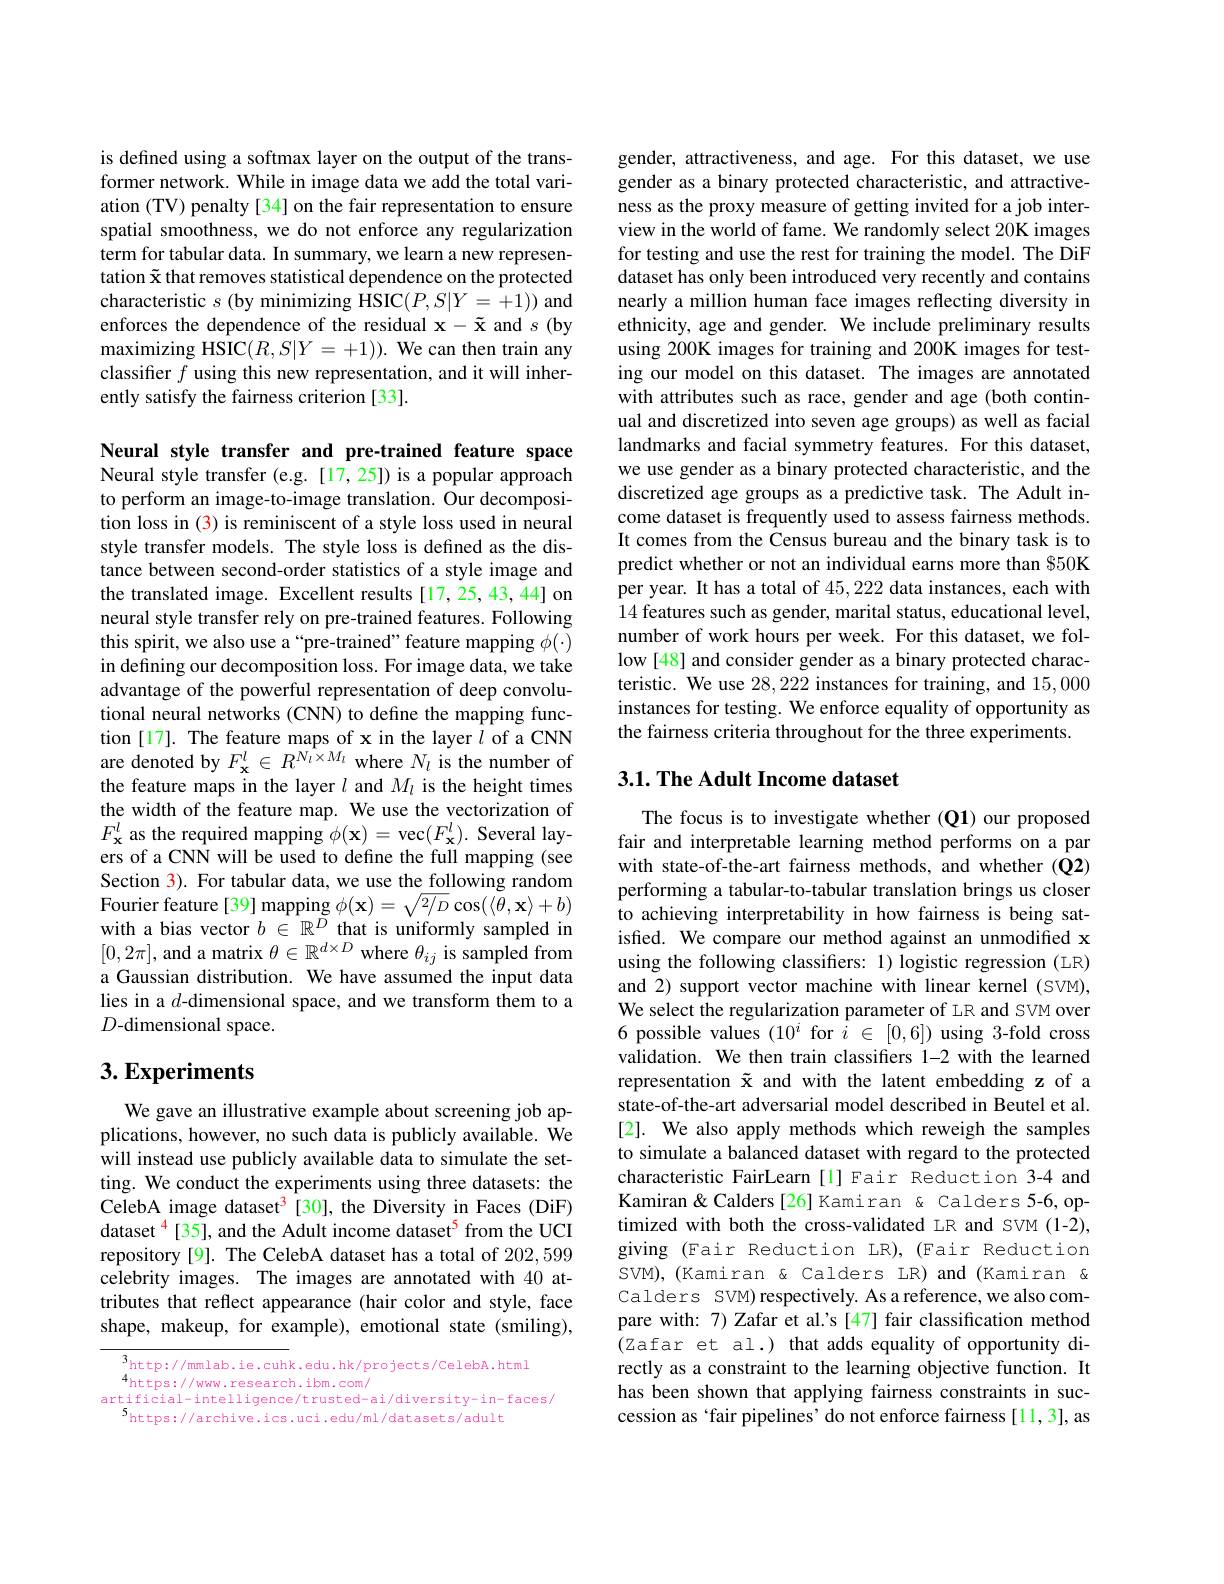
is defined using a softmax layer on the output of the transformer network. While in image data we add the total variation (TV) penalty [34] on the fair representation to ensure spatial smoothness, we do not enforce any regularization term for tabular data. In summary, we learn a new representation $\tilde{\mathbf{x}}$ that removes statistical dependence on the protected characteristic $s$ (by minimizing HSIC$(P,S|Y=+1))$ and $\operatorname*{maximizing}$HSIC$(R,S|Y=+1)).$ We can then train any classifier $f$ using this new representation, and it will inherently satisfy the fairness criterion [33].

Neural style transfer and pre-trained feature space Neural style transfer (e.g. [17,25]) is a popular approach to perform an image-to-image translation. Our decomposition loss in (3) is reminiscent of a style loss used in neural style transfer models. The style loss is defined as the distance between second-order statistics of a style image and the translated image. Excellent results [17,25,43,44] on neural style transfer rely on pre-trained features. Following this spirit, we also use a“pre-trained”feature mapping $\phi(\cdot)$ in defining our decomposition loss. For image data, we take advantage of the powerful representation of deep convolutional neural networks (CNN) to define the mapping function [17]. The feature maps of x in the layer $l$ of a CNN $\begin{array}{l}\text{are denoted by }F_{\mathbf{x}}^{l}\in R^{\hat{N_{l}\times M_{l}}}\mathrm{~where~}N_{l}\mathrm{~is~the~number~of}\\\text{the feature maps in the layer }l\mathrm{~and~}M_{l}\mathrm{~is~the~height~times}\end{array}$ the width of the feature map. We use the vectorization of $F_{\mathbf{x}}^{l}$ as the required mapping $\phi(\mathbf{x})=$vec$(F_\mathbf{x}^{l}).$ Several layers of a CNN will be used to define the full mapping (see Section 3). For tabular data, we use the following random Fourier feature [ 39] mapping $\phi ( \mathbf{x} ) = \sqrt {2/ D}\cos ( \tilde {\langle \theta , \mathbf{x} \rangle }+ b)$ with a bias vector $b\in\mathbb{R}^D$ that is uniformly sampled in $[0,2\pi]$, and a matrix $\theta\in\mathbb{R}^d\times D$ where $\theta_ij$ is sampled from a Gaussian distribution. We have assumed the input data lies in a $d$-dimensional space, and we transform them to a $D$-dimensional space.

# 3. Experiments

We gave an illustrative example about screening job applications, however, no such data is publicly available. We will instead use publicly available data to simulate the setting. We conduct the experiments using three datasets: the CelebA image dataset$^3$[30],the Diversity in Faces (DiF) dataset$^{4}$[35], and the Adult income dataset$^{5}$from the UCI repository[9]. The CelebA dataset has a total of 202,599 celebrity images. The images are annotated with 40 attributes that reflect appearance (hair color and style, face shape, makeup, for example), emotional state (smiling),

$^{3}$http://mmlab.ie.cuhk.edu.hk/projects/CelebA.html
$^{4}$https://www.research.ibm.com/
artificial-intelligence/trusted-ai/diversity-in-faces/
5https://archive.ics.uci.edu/ml/datasets/adult

gender, attractiveness, and age. For this dataset, we use gender as a binary protected characteristic, and attractiveness as the proxy measure of getting invited for a job interview in the world of fame. We randomly select 20K images for testing and use the rest for training the model. The DiF dataset has only been introduced very recently and contains nearly a million human face images reflecting diversity in ethnicity, age and gender. We include preliminary results using 200K images for training and 200K images for testing our model on this dataset. The images are annotated with attributes such as race, gender and age (both continual and discretized into seven age groups) as well as facial landmarks and facial symmetry features. For this dataset, we use gender as a binary protected characteristic, and the discretized age groups as a predictive task. The Adult income dataset is frequently used to assess fairness methods. It comes from the Census bureau and the binary task is to predict whether or not an individual earns more than $50K per year. It has a total of 45,222 data instances, each with 14 features such as gender, marital status, educational level, number of work hours per week. For this dataset, we follow [48] and consider gender as a binary protected characteristic. We use 28,222 instances for training, and 15,000 instances for testing. We enforce equality of opportunity as the fairness criteria throughout for the three experiments.

### 3.1. The Adult Income dataset

The focus is to investigate whether (Q1) our proposed fair and interpretable learning method performs on a par with state-of-the-art fairness methods, and whether (Q2) performing a tabular-to-tabular translation brings us closer to achieving interpretability in how fairness is being satisfied. We compare our method against an unmodified x using the following classifiers: 1) logistic regression (LR) and 2) support vector machine with linear kernel (SVM), We select the regularization parameter of LR and SVM over 6 possible values $(10^i$ for $i\in[0,6])$ using 3-fold cross validation. We then train classifiers 1-2 with the learned representation $\tilde{\mathbf{x}}$ and with the latent embedding z of a state-of-the-art adversarial model described in Beutel et al. [2]. We also apply methods which reweigh the samples to simulate a balanced dataset with regard to the protected characteristic FairLearn [l] Fair Reduction 3-4 and Kamiran& Calders[26] Kamiran & Calders 5-6, optimized with both the cross-validated LR and SVM (1-2), giving (Fair Reduction LR), (Fair Reduction SVM), (Kamiran & Calders LR) and (Kamiran & Calders SVM) respectively. As a reference, we also compare with: 7) Zafar et al.'s [47] fair classification method (Zafar et al.) that adds equality of opportunity directly as a constraint to the learning objective function. It has been shown that applying fairness constraints in succession as ‘fair pipelines’ do not enforce fairness [11,3], as